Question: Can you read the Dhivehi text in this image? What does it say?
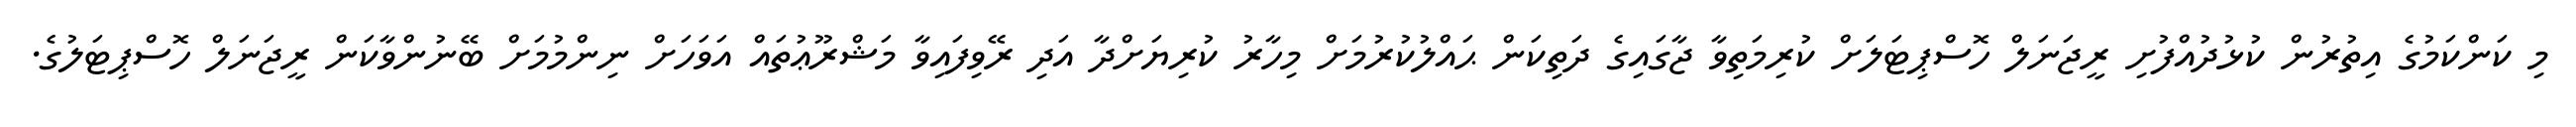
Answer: މި ކަންކަމުގެ އިތުރުން ކުޅުދުއްފުށި ރީޖަނަލް ހޮސްޕިޓަލަށް ކުރިމަތިވާ ޖާގައިގެ ދަތިކަން ޙައްލުކުރުމަށް މިހާރު ކުރިޔަށްދާ އަދި ރޭވިފައިވާ މަޝްރޫޢުތައް އަވަހަށް ނިންމުމަށް ބޭނުންވާކަން ރީޖަނަލް ހޮސްޕިޓަލުގެ.